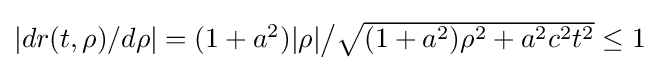
\textstyle |dr(t,\rho )/d\rho |=(1+a^{2})|\rho |{\big /}{\sqrt {(1+a^{2})\rho ^{2}+a^{2}c^{2}t^{2}}}\leq 1